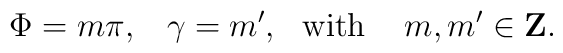
\Phi = m \pi, \,\,\,\,\,\gamma =m', \,\,\,\,\mbox{with}\,\,\,\,\,\,\, m, m'\in \mbox{{\bf Z}}.